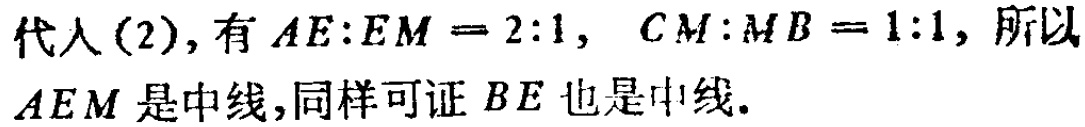
代入(2), 有 \(AE:EM = 2:1,\ CM:MB = 1:1\), 所以 \(AEM\) 是中线,同样可证 \(BE\) 也是中线.